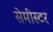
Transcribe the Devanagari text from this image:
सेमीस्टर